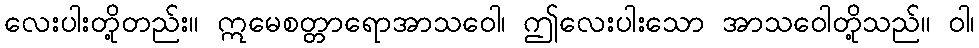
လေးပါးတို့တည်း။ ဣမေစတ္တာရောအာသဝေါ၊ ဤလေးပါးသော အာသဝေါတို့သည်။ ဝါ၊